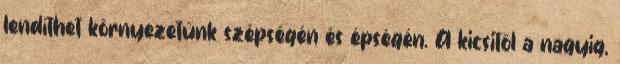
lendíthet környezetünk szépségén és épségén. A kicsitől a nagyig,